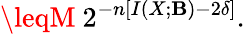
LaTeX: \leqM\ 2^{-n\left[I\left(X;\mathbf{B}\right)-2\delta\right]}.